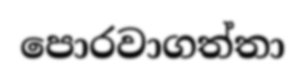
පොරවාගත්තා